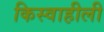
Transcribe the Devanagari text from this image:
किस्वाहीली